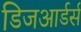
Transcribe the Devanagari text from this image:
डिजआर्डर्स